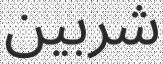
شربين